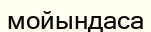
мойындаса